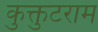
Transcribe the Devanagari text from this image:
कुक्तुटराम